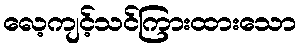
လေ့ကျင့်သင်ကြားထားသော